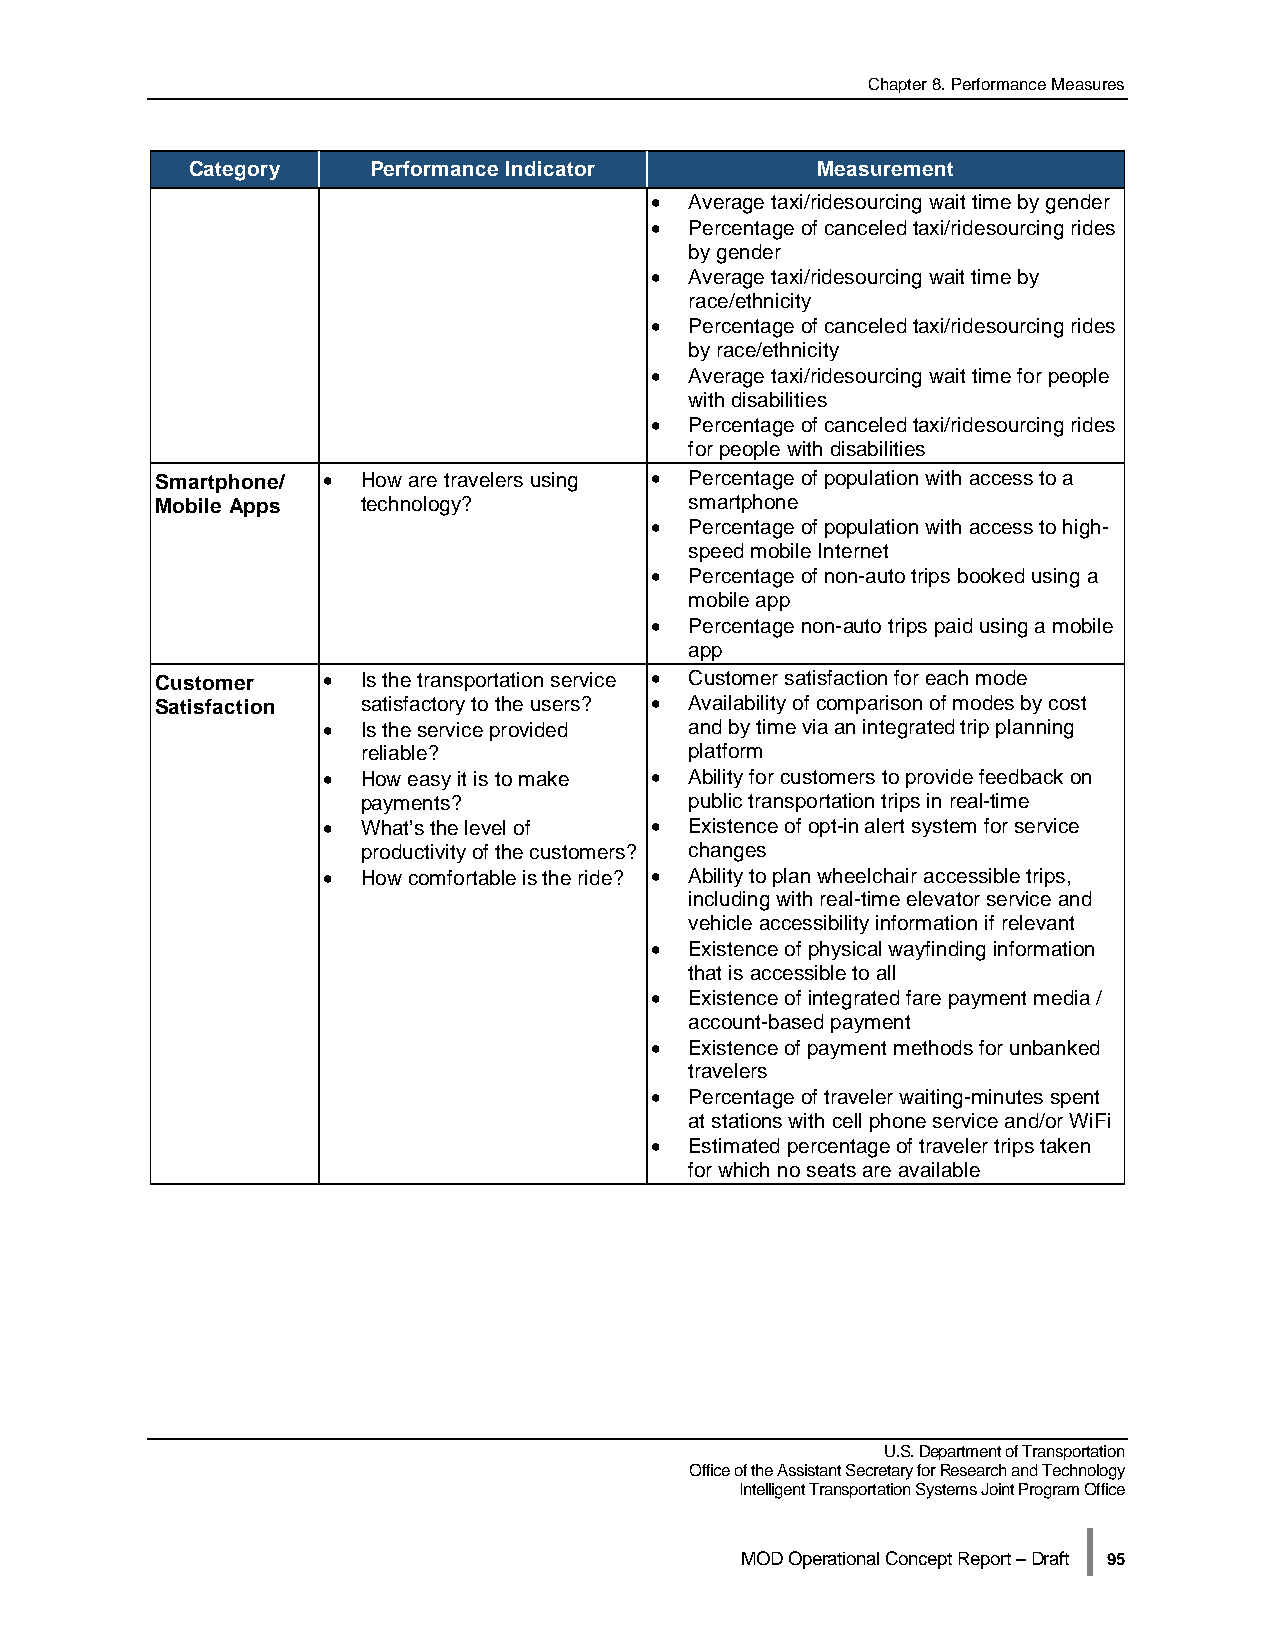
Chapter 8. Performance Measures
 Category    Performance Indicator         Measurement
 •  Average taxi/ridesourcing wait time by gender
 •  Percentage of canceled taxi/ridesourcing rides
 by gender
 •  Average taxi/ridesourcing wait time by
 race/ethnicity
 •  Percentage of canceled taxi/ridesourcing rides
 by race/ethnicity
 •  Average taxi/ridesourcing wait time for people
 with disabilities
 •  Percentage of canceled taxi/ridesourcing rides
 for people with disabilities
 Smartphone/ • How are travelers using • Percentage of population with access to a
 Mobile Apps   technology?           smartphone
 •  Percentage of population with access to high-
 speed mobile Internet
 •  Percentage of non-auto trips booked using a
 mobile app
 •  Percentage non-auto trips paid using a mobile
 app
 Customer   •  Is the transportation service • Customer satisfaction for each mode
 Satisfaction  satisfactory to the users? • Availability of comparison of modes by cost
 •  Is the service provided and by time via an integrated trip planning
 reliable?             platform
 •  How easy it is to make • Ability for customers to provide feedback on
 payments?             public transportation trips in real-time
 •  What’s the level of • Existence of opt-in alert system for service
 productivity of the customers? changes
 •  How comfortable is the ride? • Ability to plan wheelchair accessible trips,
 including with real-time elevator service and
 vehicle accessibility information if relevant
 •  Existence of physical wayfinding information
 that is accessible to all
 •  Existence of integrated fare payment media /
 account-based payment
 •  Existence of payment methods for unbanked
 travelers
 •  Percentage of traveler waiting-minutes spent
 at stations with cell phone service and/or WiFi
 •  Estimated percentage of traveler trips taken
 for which no seats are available
 U.S. Department of Transportation
 Office of the Assistant Secretary for Research and Technology
 Intelligent Transportation Systems Joint Program Office
 |
 MOD Operational Concept Report – Draft 95